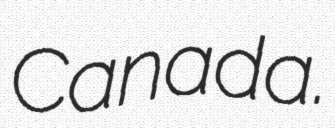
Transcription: Canada.